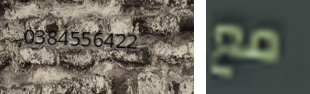
0384556422 مع